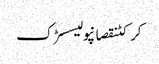
کرکٹنقصانپولیسسڑک